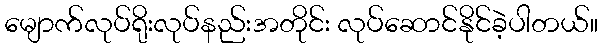
မျောက်လုပ်ရိုးလုပ်နည်းအတိုင်း လုပ်ဆောင်နိုင်ခဲ့ပါတယ်။